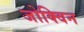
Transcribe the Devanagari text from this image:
जोक्विन